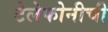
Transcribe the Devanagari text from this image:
टेलेफोनीची